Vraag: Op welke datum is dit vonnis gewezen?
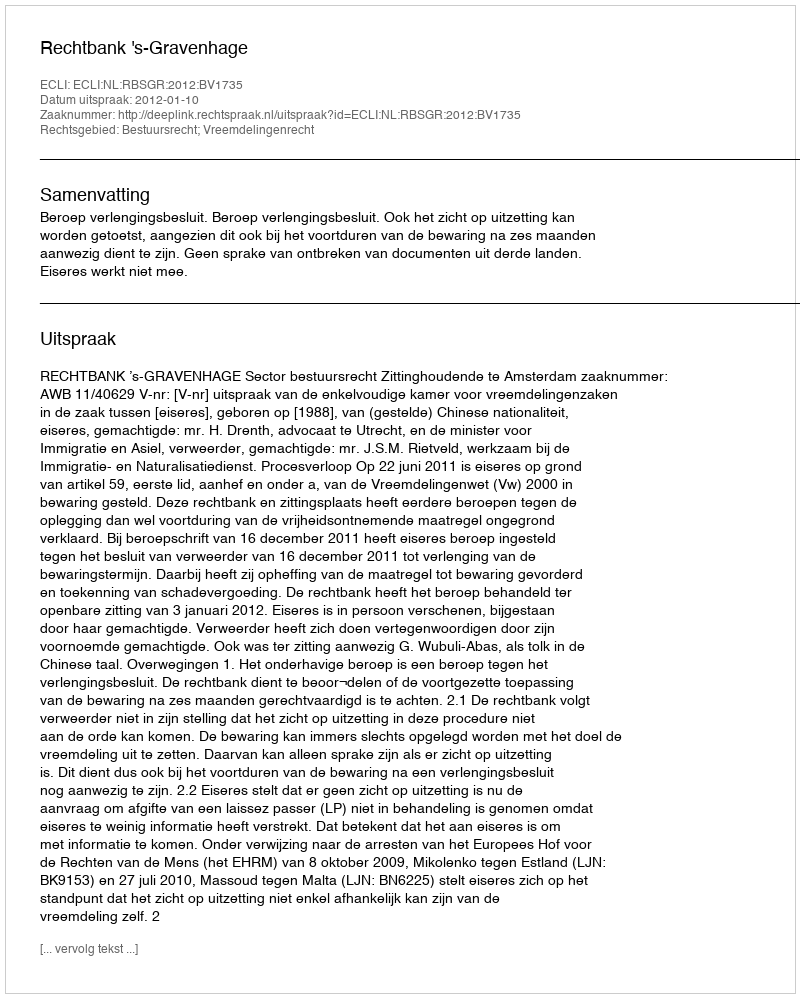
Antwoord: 2012-01-10